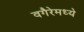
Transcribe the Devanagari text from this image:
वगैरेमध्ये